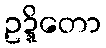
ဥဍ္ဍိတော